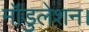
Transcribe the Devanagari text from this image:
मॉडुलेशन।